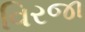
વિરજા